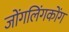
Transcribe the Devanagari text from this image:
जोंगलिंगकोंग